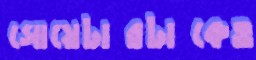
সোয়েটারটাকেও